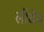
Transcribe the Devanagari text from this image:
लीवेन